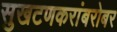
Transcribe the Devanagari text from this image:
सुखटणकरांबरोबर